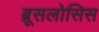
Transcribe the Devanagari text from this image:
ब्रूसलोसिस